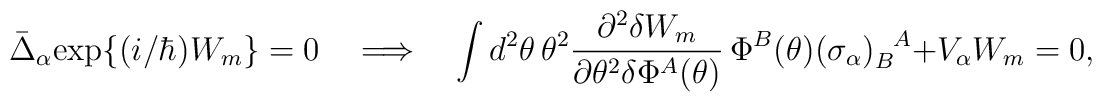
\bar{\Delta}_\alpha {\rm exp}\{ (i/\hbar) W_m \} = 0\quad\Longrightarrow\quad\int d^2 \theta \, \theta^2 \frac{\partial^2 \delta W_m}{\partial \theta^2 \delta \Phi^A(\theta)} \, \Phi^B(\theta) (\sigma_\alpha)_B^{~~\!A} + V_\alpha W_m = 0,